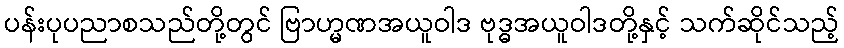
ပန်းပုပညာစသည်တို့တွင် ဗြာဟ္မဏအယူဝါဒ ဗုဒ္ဓအယူဝါဒတို့နှင့် သက်ဆိုင်သည့်